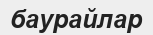
баурайлар